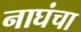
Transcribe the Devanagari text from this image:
नाघंचा